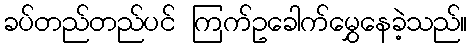
ခပ်တည်တည်ပင် ကြက်ဥခေါက်မွှေနေခဲ့သည်။